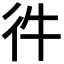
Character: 𢓐